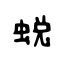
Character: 蜕